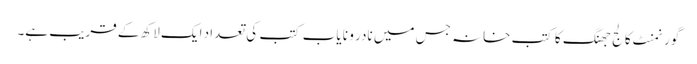
گورنمنٹ کالج جھنگ کا کتب خانہ جس میں نادر و نا یاب کتب کی تعداد ایک لاکھ کے قریب ہے۔